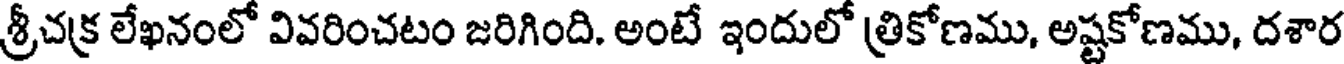
శ్రీచక్ర లేఖనంలో వివరించటం జరిగింది. అంటే ఇందులో త్రికోణము, అష్టకోణము, దశార